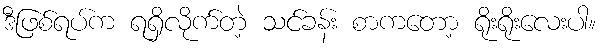
ဒီဖြစ်ရပ်က ရရှိလိုက်တဲ့ သင်ခန်း စာကတော့ ရိုးရိုးလေးပါ။